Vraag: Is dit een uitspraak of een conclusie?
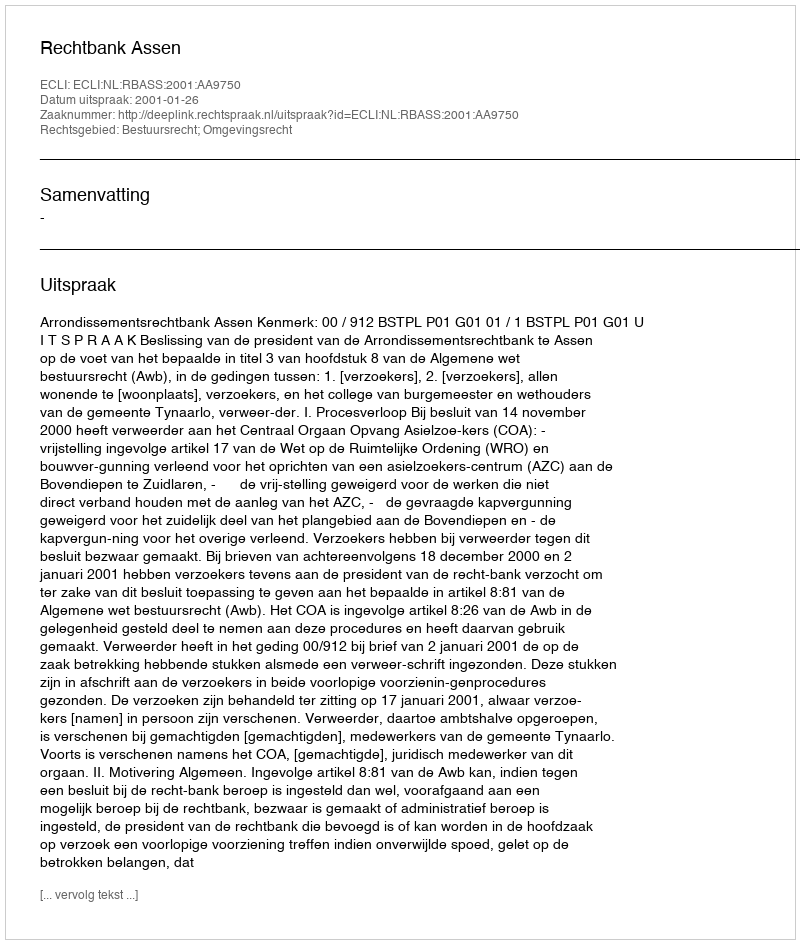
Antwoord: Uitspraak